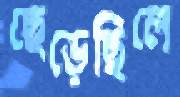
ছেড়েছিলে